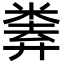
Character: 𢍨